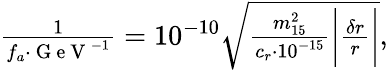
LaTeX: \begin{array}{r}{\frac{1}{f_{a}\cdot\mathrm{~G~e~V~}^{-1}}=10^{-10}\sqrt{\frac{m_{15}^{2}}{c_{r}\cdot 10^{-15}}\bigg|\frac{\delta r}{r}\bigg|},}\end{array}